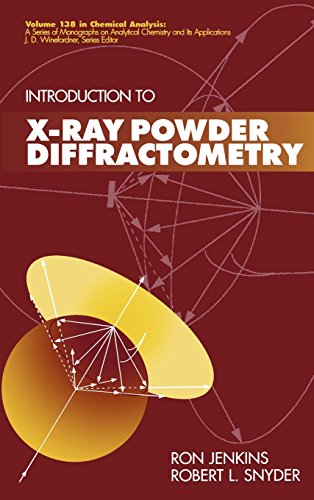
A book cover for Introduction to X-Ray Powder Diffractometry; Ron Jenkins; Science & Math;